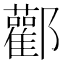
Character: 酄